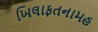
ખિલાફતનામહ